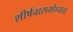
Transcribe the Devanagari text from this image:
शीर्षवासयोग्यता